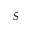
S